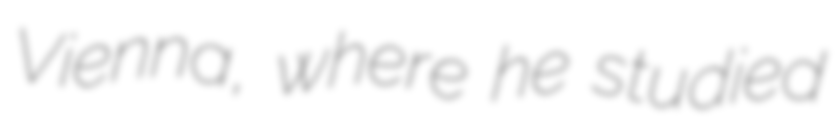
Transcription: Vienna, where he studied